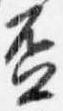
盃